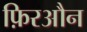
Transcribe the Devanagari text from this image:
फ़िरऔन